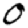
Digit: 0